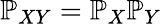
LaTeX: \mathbb{P}_{XY}=\mathbb{P}_{X}\mathbb{P}_{Y}